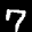
Label: 7